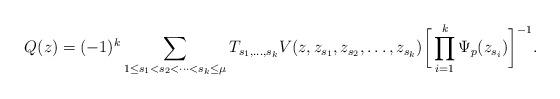
LaTeX: \begin{align*}Q(z)=(-1)^k\sum_{1\leq s_1<s_2<\cdots<s_k\leq \mu} T_{s_1,\ldots,s_k}V(z,z_{s_1},z_{s_2},\ldots,z_{s_k})\bigg[\prod^k_{i=1}\Psi_p(z_{s_i})\bigg]^{-1}.\end{align*}